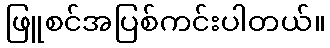
ဖြူစင်အပြစ်ကင်းပါတယ်။